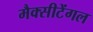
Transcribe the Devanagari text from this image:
मैक्‍सीटेंगल